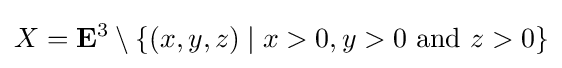
X=\mathbf {E} ^{3}\setminus \{(x,y,z)\mid x>0,y>0{\text{ and }}z>0\}